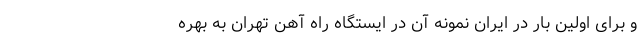
و برای اولین بار در ایران نمونه آن در ایستگاه راه آهن تهران به بهره